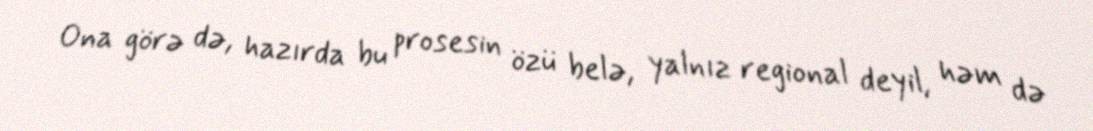
Ona görə də, hazırda bu prosesin özü belə, yalnız regional deyil, həm də